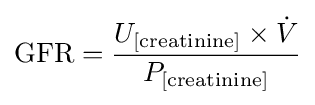
{\text{GFR}}={\frac {U_{[{\text{creatinine}}]}\times {\dot {V}}}{P_{[{\text{creatinine}}]}}}